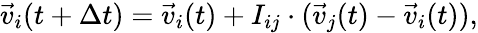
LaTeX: \vec{v}_{i}(t+\Delta t)=\vec{v}_{i}(t)+I_{ij}\cdot(\vec{v}_{j}(t)-\vec{v}_{i}(t)),